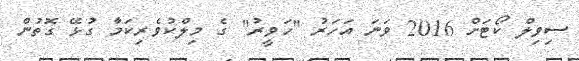
ސިވިލް ކޯޓަށް 2016 ވަނަ އަހަރު "ހަވީރު" ގެ މިލްކުވެރިކަމާ ގުޅޭ ގޮތުން